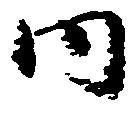
内